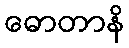
ဓောတာနိ